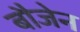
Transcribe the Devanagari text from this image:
बौजेन